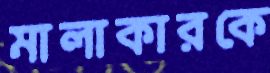
মালাকারকে